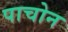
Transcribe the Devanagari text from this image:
पाचोन